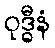
ဝုဒ္ဓီနံ